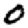
Digit: 0